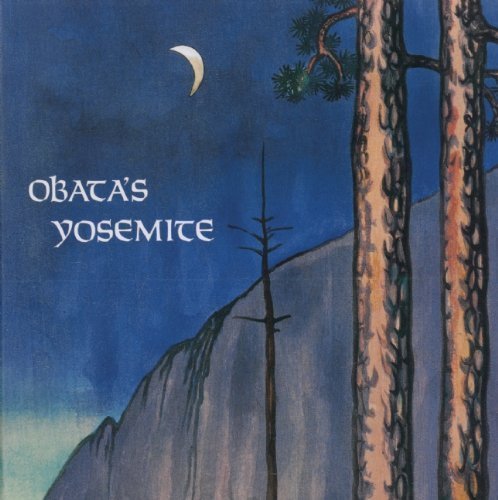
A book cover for Obata's Yosemite: The Art and Letters of Chiura Obata from His Trip to the High Sierra in 1927; Biographies & Memoirs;